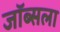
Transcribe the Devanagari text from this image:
जॉब्सला